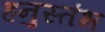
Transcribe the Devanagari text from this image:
हनुस्तंभ